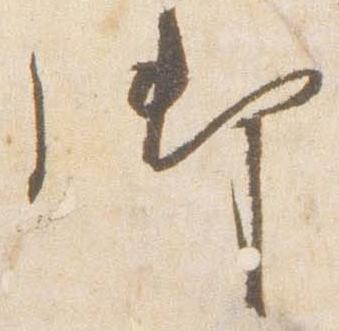
御